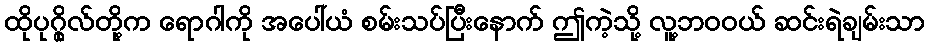
ထိုပုဂ္ဂိုလ်တို့က ရောဂါကို အပေါ်ယံ စမ်းသပ်ပြီးနောက် ဤကဲ့သို့ လူ့ဘဝဝယ် ဆင်းရဲချမ်းသာ